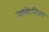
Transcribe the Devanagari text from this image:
जस्टिनियम